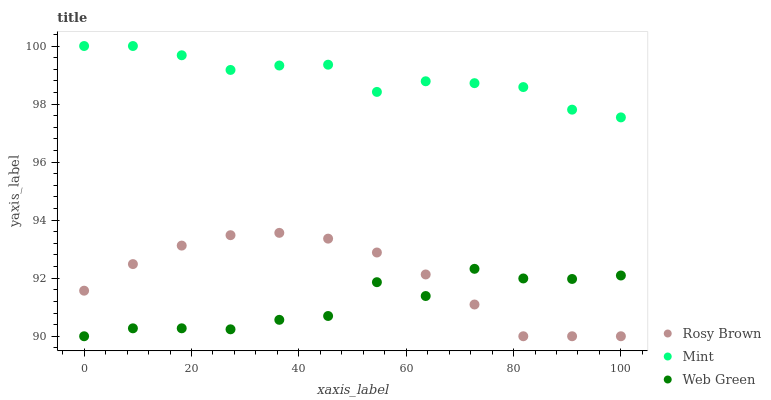
| xaxis_label | Rosy Brown | Mint | Web Green |
 | --- | --- | --- | --- |
 | 0 | 91.6 | 100 | 90 |
 | 9.09 | 92.5 | 100 | 90.3 |
 | 18.2 | 93.1 | 99.7 | 90.3 |
 | 27.3 | 93.5 | 99.2 | 90.2 |
 | 36.4 | 93.6 | 99.3 | 90.6 |
 | 45.5 | 93.4 | 99.4 | 90.7 |
 | 54.5 | 92.9 | 98.4 | 91.9 |
 | 63.6 | 92.1 | 98.8 | 91.4 |
 | 72.7 | 91.1 | 98.7 | 92.3 |
 | 81.8 | 90 | 98.6 | 92 |
 | 90.9 | 90 | 97.8 | 92 |
 | 100 | 90 | 97.5 | 92.1 |